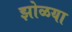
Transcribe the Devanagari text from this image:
झोळया